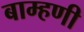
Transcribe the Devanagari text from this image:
बाम्हणी